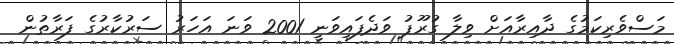
މަސްވެރިކަމުގެ ދާއިރާއަށް ވިލާ ގުރޫޕު ވަދެފައިވަނީ 2001 ވަނަ އަހަރު ސަރުކާރުގެ ފަރާތުން